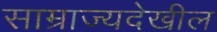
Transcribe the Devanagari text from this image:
साम्राज्यदेखील